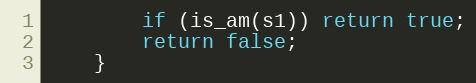
Language: Java
        if (is_am(s1)) return true;
        return false;
    }